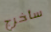
سأخرج